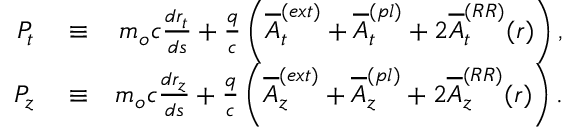
\begin{array} { r l r } { P _ { t } } & { { } \equiv } & { m _ { o } c \frac { d r _ { t } } { d s } + \frac { q } { c } \left( \overline { { A } } _ { t } ^ { ( e x t ) } + \overline { { A } } _ { t } ^ { ( p l ) } + 2 \overline { { A } } _ { t } ^ { ( R R ) } ( r ) \right) , } \\ { P _ { z } } & { { } \equiv } & { m _ { o } c \frac { d r _ { z } } { d s } + \frac { q } { c } \left( \overline { { A } } _ { z } ^ { ( e x t ) } + \overline { { A } } _ { z } ^ { ( p l ) } + 2 \overline { { A } } _ { z } ^ { ( R R ) } ( r ) \right) . } \end{array}